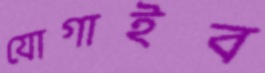
যোগাইব